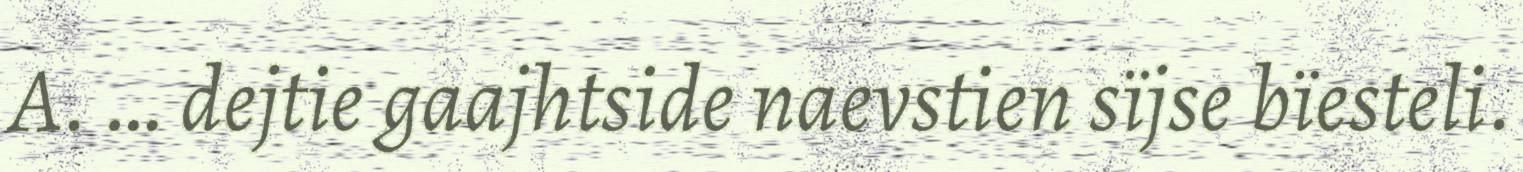
A. … dejtie gaajhtside naevstien sïjse bïesteli.